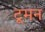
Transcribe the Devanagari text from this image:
टूमन